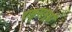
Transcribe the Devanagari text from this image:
राष्ट्रसमूहों